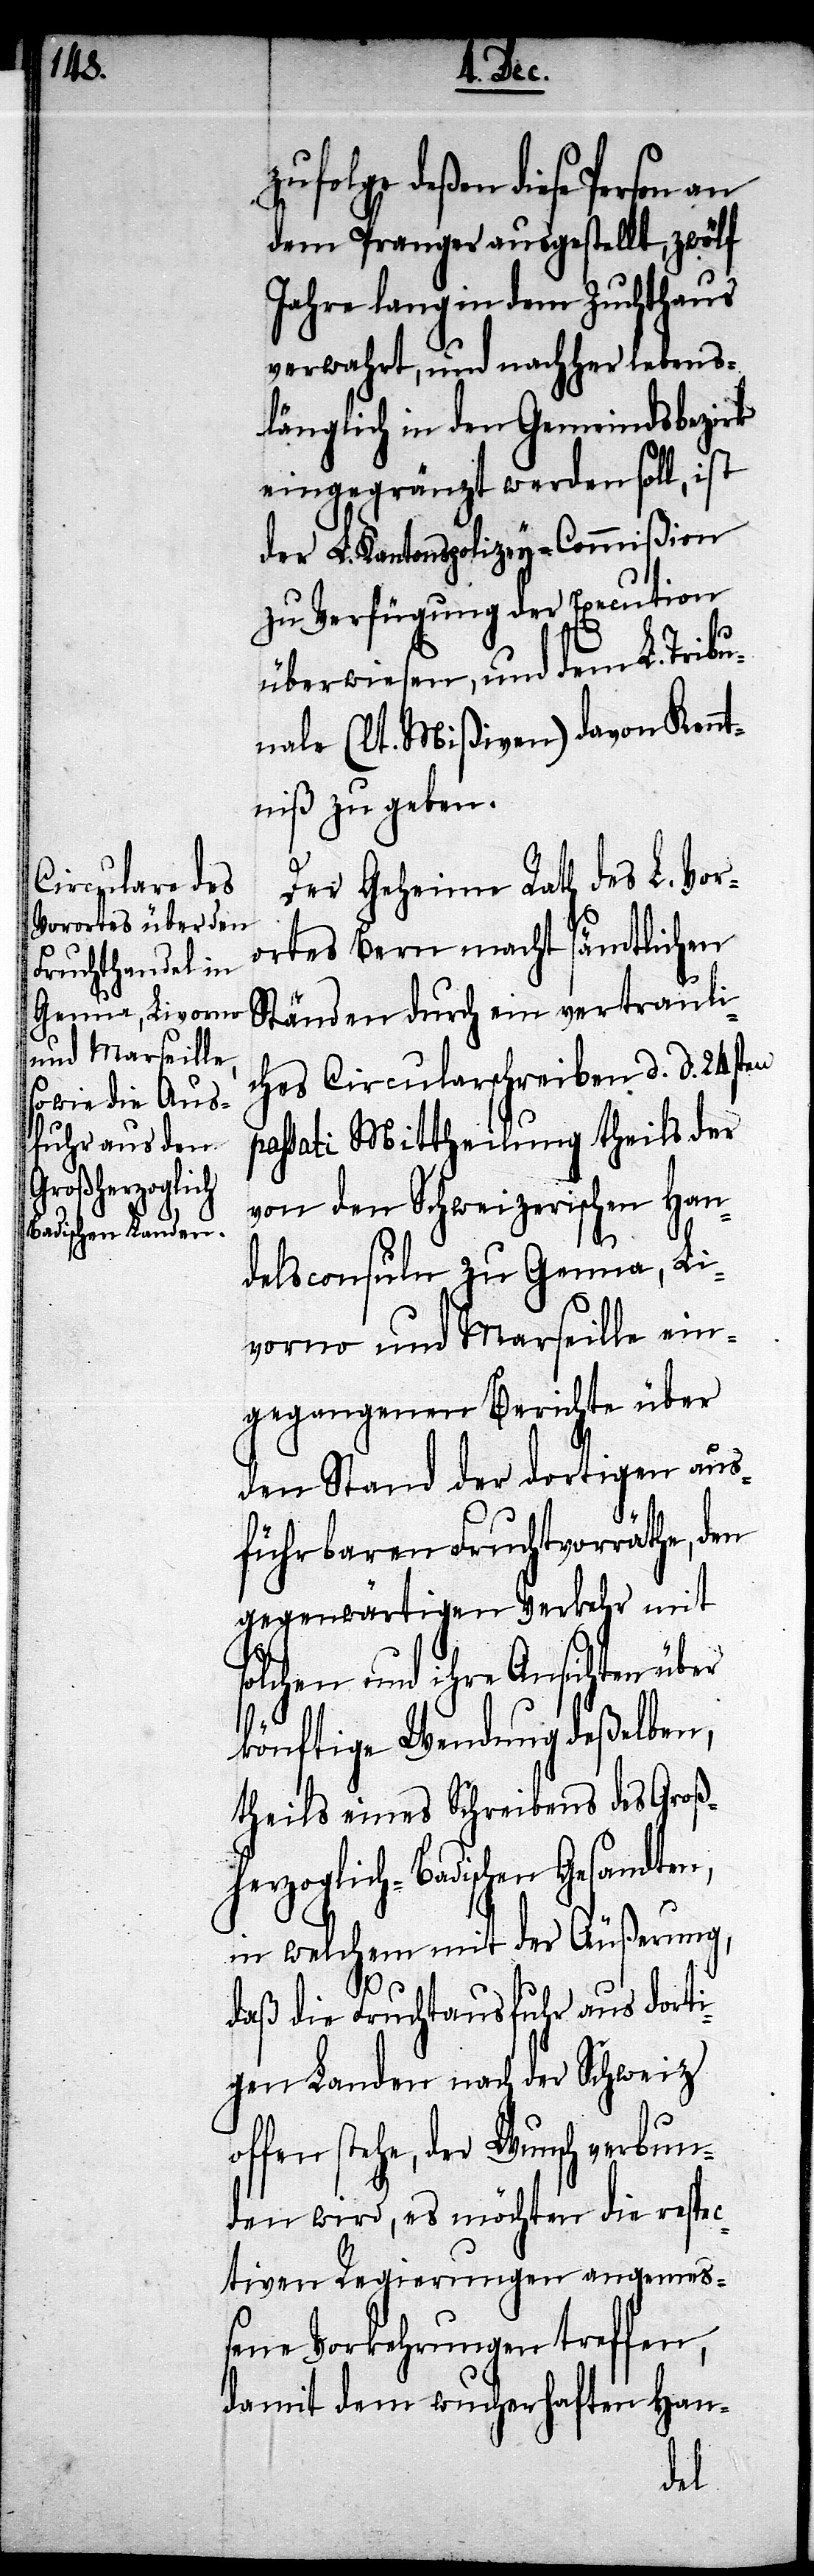
zufolge deßen diese Person
dem Pranger ausgestellt, zwölf
Jahre lang in dem Zuchthaus
verwahrt, und nachher lebens¬
länglich in den Gemeindsbezirk
eingegränzt werden soll, ist
der L. Kantonspolizey-Commißion
zu Verfügung der Execution
überwiesen, und dem L. Tribu¬
nale (lt. Mißiven) davon Kennt¬
niß zu geben.
Der Geheime Rath des L. Vor¬
ortes Bern macht sämtlichen
Ständen durch ein vertrauli¬
ches Circularschreiben d. d. 24sten
passati Mittheilung theils des
von den Schweizerischen Han¬
delsconsuln zu Genua, Li¬
vorno und Marseille ein¬
gegangenen Berichte über
den Stand der dortigen aus¬
führbaren Fruchtvorräthe, den
gegenwärtigen Verkehr mit
solchen und ihre Ansichten über
könftige Wendung deßelben,
theils eines Schreibens des Groß¬
herzoglich-Badischen Gesandten,
in welchem mit der Äußerung,
daß die Fruchtausfuhr aus dorti¬
gen Landen nach der Schweiz
offen stehe, der Wunsch verbun¬
den wird, es möchten die respec¬
ven Vorkehrungen treffen,
damit dem wucherhaften Han-
ti¬